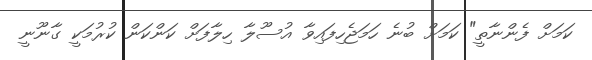
ކަމަށް ފެންނާތީ" ކަމަށް ބުނެ ހަމަޖެހިފައިވާ އުސޫލާ ހިލާފަށް ކަންކަން ކުރުމަކީ ގާނޫނީ